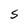
Character: S